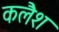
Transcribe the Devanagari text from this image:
कलैश